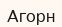
Агорн